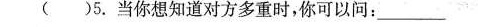
()5.当你想知道对方多重时，你可以问：___